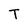
Character: T